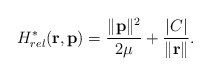
\begin{align*}H_{rel}^*({\bf r}, {\bf p})=\frac{\|{\bf p}\|^2}{2\mu} +\frac{\vert C \vert}{\|{\bf r}\|}.\end{align*}